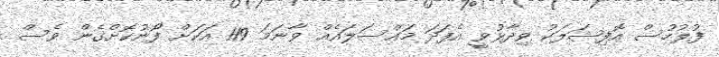
ފުލުހުސް އޮފިޝަލަކު ވިދާޅުވީ އެފަދަ މައްސަލައެއް ވާނަމަ 119 އަކަށް ފޯނުކޮށްގެން ވެސް